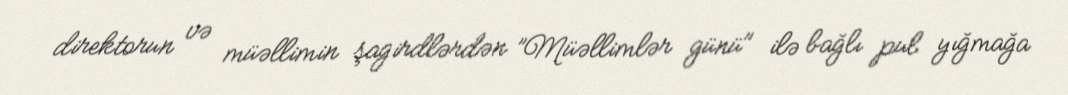
direktorun və müəllimin şagirdlərdən ”Müəllimlər günü" ilə bağlı pul yığmağa